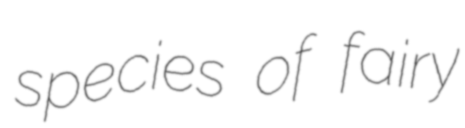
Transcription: species of fairy